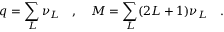
q = \sum _ { L } \nu _ { L } \quad , \quad M = \sum _ { L } ( 2 L + 1 ) \nu _ { L } \quad .